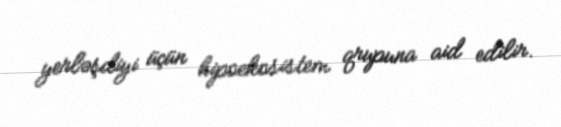
yerləşdiyi üçün hipoekosistem qrupuna aid edilir.